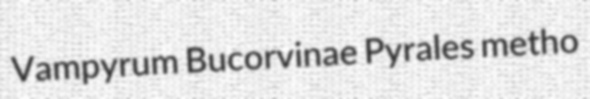
Vampyrum Bucorvinae Pyrales metho